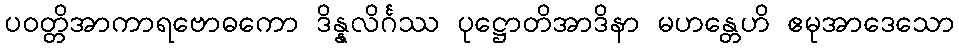
ပဝတ္တိအာကာရဗောဓကော ဒိန္နလိင်္ဂဿ ပုဋ္ဌောတိအာဒိနာ မဟန္တေဟိ ဧမုအာဒေသော